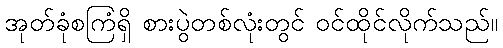
အုတ်ခုံစကြံရှိ စားပွဲတစ်လုံးတွင် ဝင်ထိုင်လိုက်သည်။